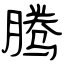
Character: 腾